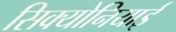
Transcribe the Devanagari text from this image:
सिक्योनियाई